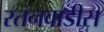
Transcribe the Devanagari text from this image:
रतनवाडीस